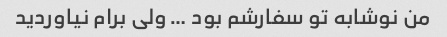
من نوشابه تو سفارشم بود … ولی برام نیاوردید